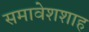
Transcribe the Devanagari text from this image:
समावेशशाह